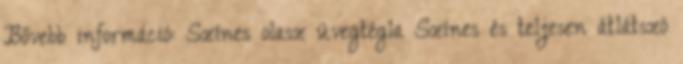
Bővebb információ: Színes olasz üvegtégla Színes és teljesen átlátszó